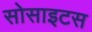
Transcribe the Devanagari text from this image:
सोसाइटस